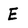
Character: E